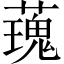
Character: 𧀐